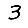
Digit: 3